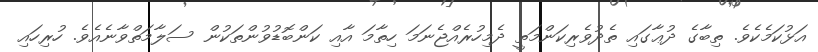
އަޅުކަމެކެވެ. ތިބާގެ ދުޢާގައި ތެދުވެރިކަންމަތީ ދެމިހުރެއްޖެނަމަ ހިތާމަ އާއި ކަންބޮޑުވުންތަކުން ސަލާމަތްވާނެއެވެ. ހުރިހައި